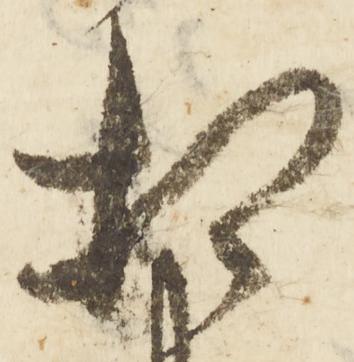
相